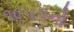
૧૯૫૫નો